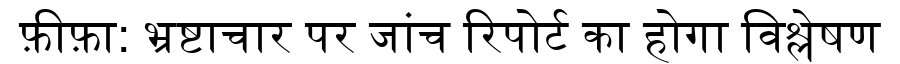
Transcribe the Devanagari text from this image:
फ़ीफ़ा: भ्रष्टाचार पर जांच रिपोर्ट का होगा विश्लेषण